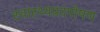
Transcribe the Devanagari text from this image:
स्वास्थ्यप्रदपोषण